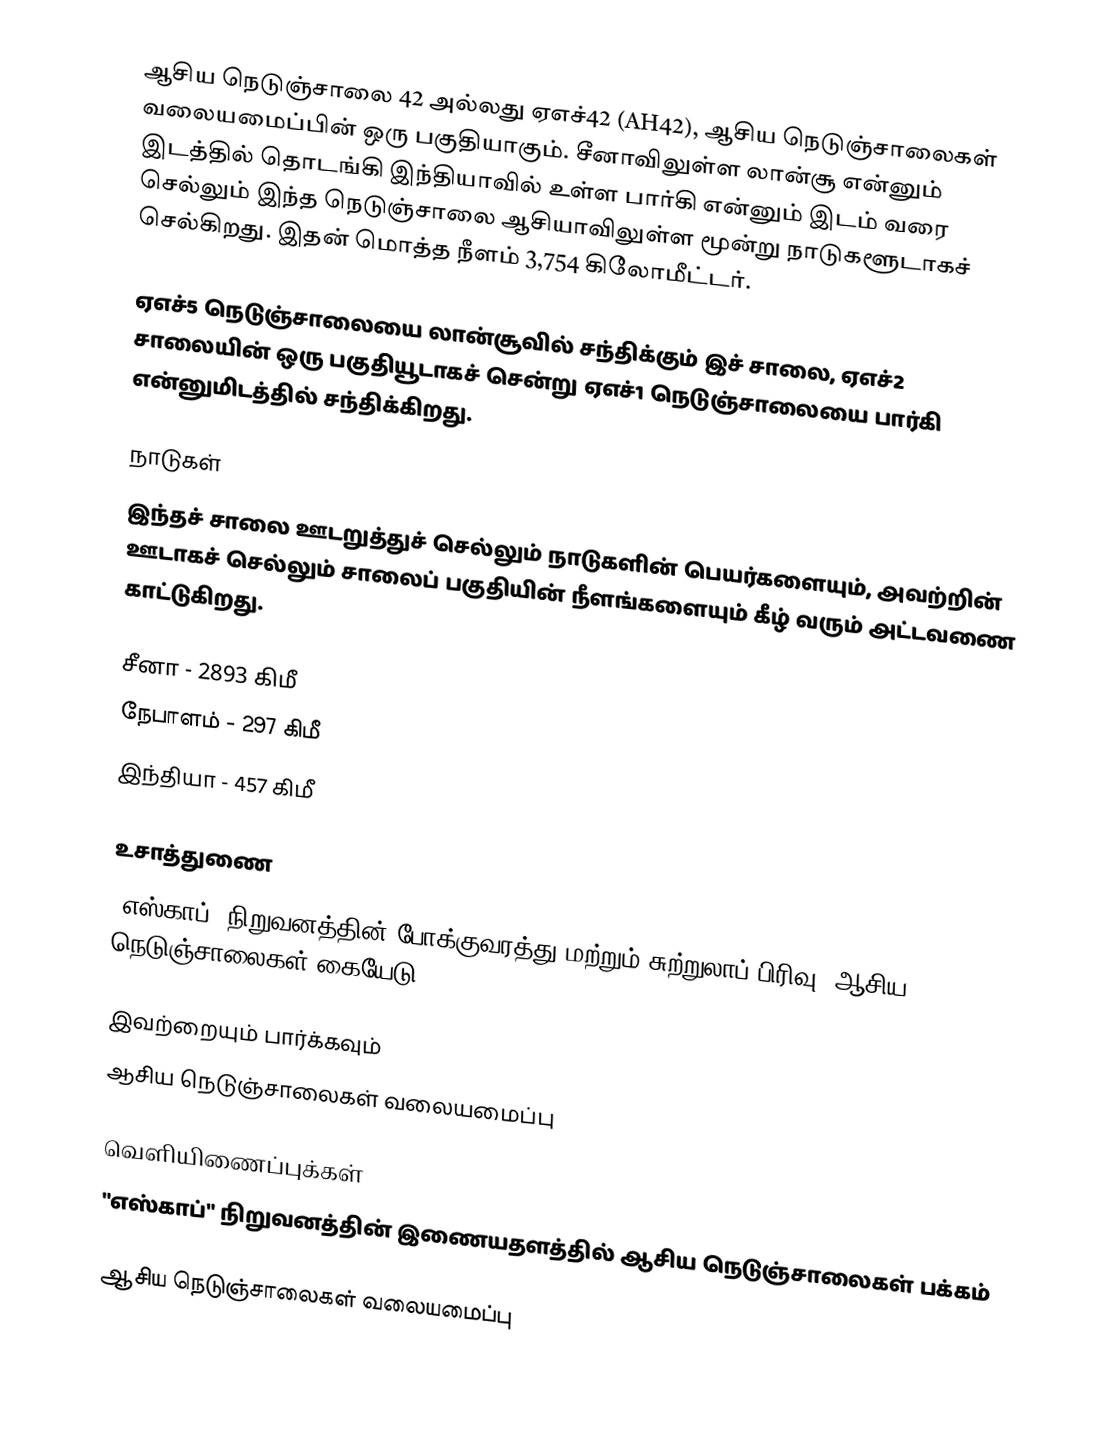
ஆசிய நெடுஞ்சாலை 42 அல்லது ஏஎச்42 (AH42), ஆசிய நெடுஞ்சாலைகள் வலையமைப்பின் ஒரு பகுதியாகும். சீனாவிலுள்ள லான்சூ என்னும் இடத்தில் தொடங்கி இந்தியாவில் உள்ள பார்கி என்னும் இடம் வரை செல்லும் இந்த நெடுஞ்சாலை ஆசியாவிலுள்ள மூன்று நாடுகளூடாகச் செல்கிறது. இதன் மொத்த நீளம் 3,754 கிலோமீட்டர்.

ஏஎச்5 நெடுஞ்சாலையை லான்சூவில் சந்திக்கும் இச் சாலை, ஏஎச்2 சாலையின் ஒரு பகுதியூடாகச் சென்று ஏஎச்1 நெடுஞ்சாலையை பார்கி என்னுமிடத்தில் சந்திக்கிறது.

நாடுகள்
இந்தச் சாலை ஊடறுத்துச் செல்லும் நாடுகளின் பெயர்களையும், அவற்றின் ஊடாகச் செல்லும் சாலைப் பகுதியின் நீளங்களையும் கீழ் வரும் அட்டவணை காட்டுகிறது.

 சீனா - 2893 கிமீ
 நேபாளம் - 297 கிமீ
 இந்தியா - 457 கிமீ

உசாத்துணை
 "எஸ்காப்" நிறுவனத்தின் போக்குவரத்து மற்றும் சுற்றுலாப் பிரிவு, ஆசிய நெடுஞ்சாலைகள் கையேடு , 2003.

இவற்றையும் பார்க்கவும்
 ஆசிய நெடுஞ்சாலைகள் வலையமைப்பு

வெளியிணைப்புக்கள்
 "எஸ்காப்" நிறுவனத்தின் இணையதளத்தில் ஆசிய நெடுஞ்சாலைகள் பக்கம்

 ஆசிய நெடுஞ்சாலைகள் வலையமைப்பு